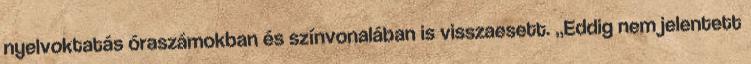
nyelvoktatás óraszámokban és színvonalában is visszaesett. „Eddig nem jelentett